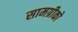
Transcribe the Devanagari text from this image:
सामग्रीको